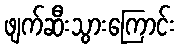
ဖျက်ဆီးသွားကြောင်း